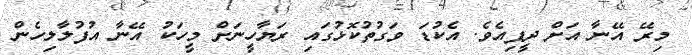
މިރޭ އޭނާ އަށް ދީފިއެވެ. އެކުޑަ ވަގުތުކޮޅުގައި ރަޔާހީނަށް މީހަކު އޭނާ އުފުލާލިހެން